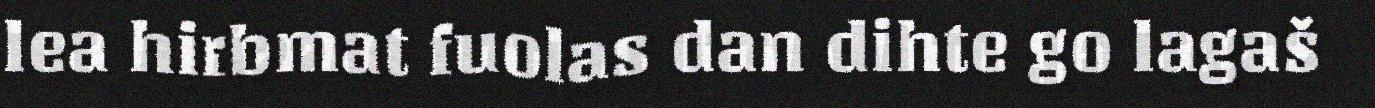
lea hirbmat fuolas dan dihte go lagaš